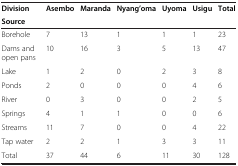
| Division | <ROWSPAN=2> Asembo | <ROWSPAN=2> Maranda | <ROWSPAN=2> Nyang’oma | <ROWSPAN=2> Uyoma | <ROWSPAN=2> Usigu | <ROWSPAN=2> Total |
 | Source |
 | --- | --- | --- | --- | --- | --- | --- |
 | Borehole | 7 | 13 | 1 | 1 | 1 | 23 |
 | Dams and open pans | 10 | 16 | 3 | 5 | 13 | 47 |
 | Lake | 1 | 2 | 0 | 2 | 3 | 8 |
 | Ponds | 2 | 0 | 0 | 0 | 4 | 6 |
 | River | 0 | 3 | 0 | 0 | 2 | 5 |
 | Springs | 4 | 1 | 1 | 0 | 0 | 6 |
 | Streams | 11 | 7 | 0 | 0 | 4 | 22 |
 | Tap water | 2 | 2 | 1 | 3 | 3 | 11 |
 | Total | 37 | 44 | 6 | 11 | 30 | 128 |